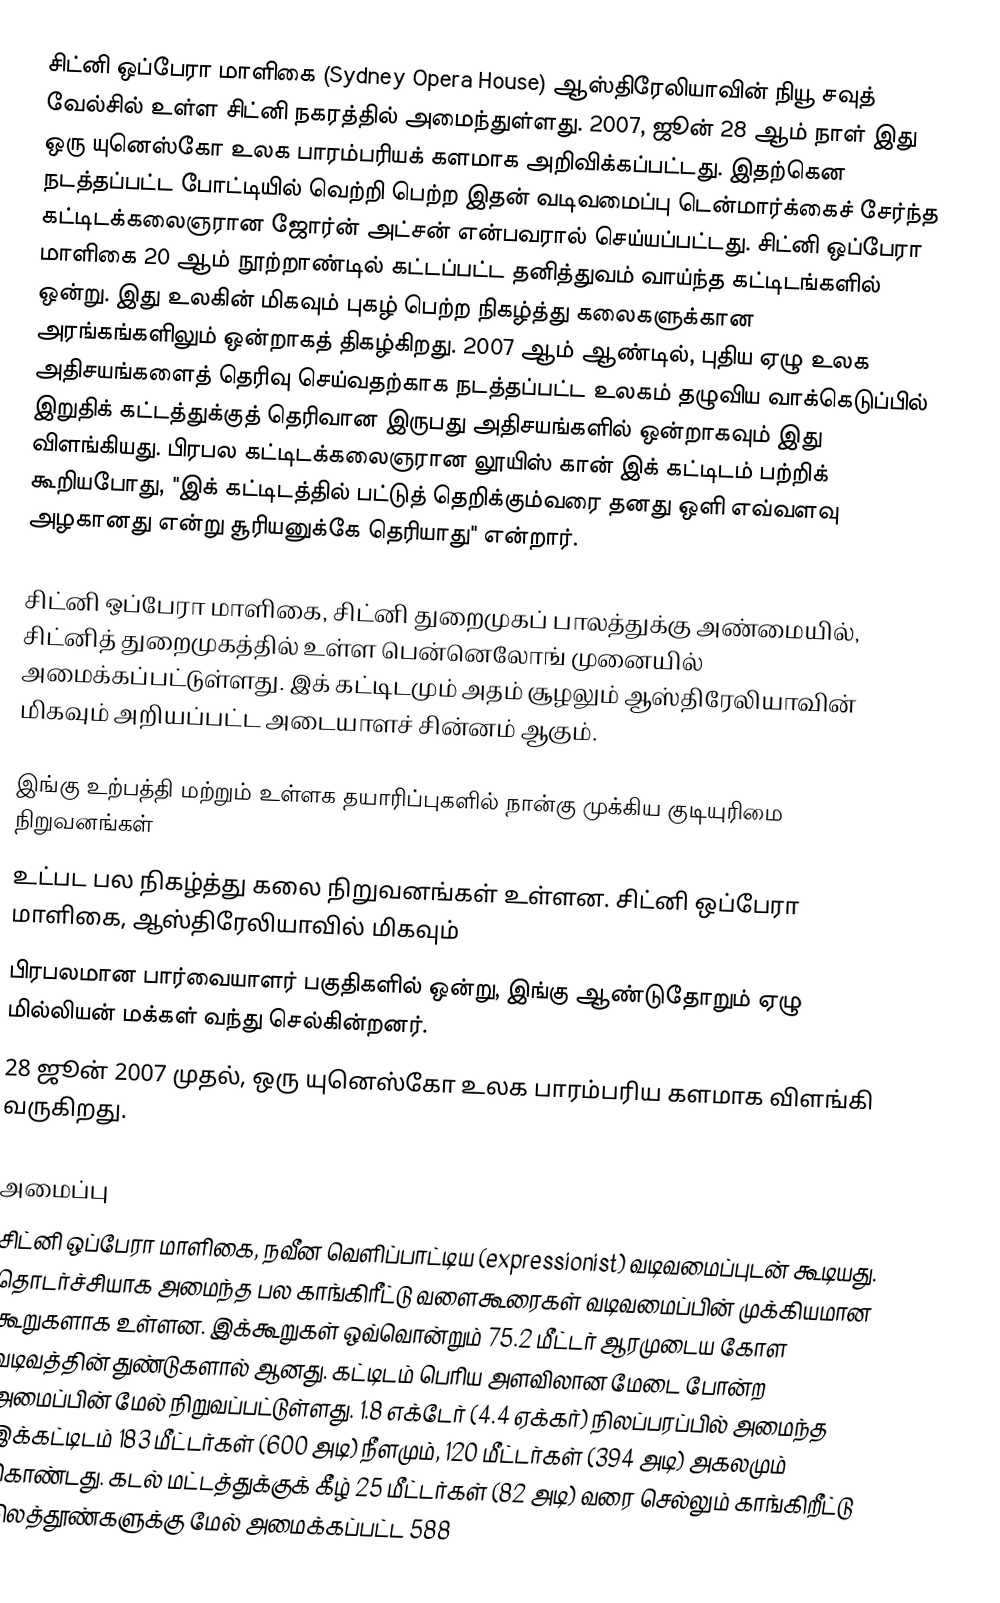
சிட்னி ஒப்பேரா மாளிகை (Sydney Opera House) ஆஸ்திரேலியாவின் நியூ சவுத் வேல்சில் உள்ள சிட்னி நகரத்தில் அமைந்துள்ளது. 2007, ஜூன் 28  ஆம் நாள் இது ஒரு யுனெஸ்கோ உலக பாரம்பரியக் களமாக அறிவிக்கப்பட்டது. இதற்கென நடத்தப்பட்ட போட்டியில் வெற்றி பெற்ற இதன் வடிவமைப்பு டென்மார்க்கைச் சேர்ந்த கட்டிடக்கலைஞரான ஜோர்ன் அட்சன் என்பவரால் செய்யப்பட்டது. சிட்னி ஒப்பேரா மாளிகை 20 ஆம் நூற்றாண்டில் கட்டப்பட்ட தனித்துவம் வாய்ந்த கட்டிடங்களில் ஒன்று. இது உலகின் மிகவும் புகழ் பெற்ற நிகழ்த்து கலைகளுக்கான அரங்கங்களிலும் ஒன்றாகத் திகழ்கிறது. 2007 ஆம் ஆண்டில், புதிய ஏழு உலக அதிசயங்களைத் தெரிவு செய்வதற்காக நடத்தப்பட்ட உலகம் தழுவிய வாக்கெடுப்பில் இறுதிக் கட்டத்துக்குத் தெரிவான இருபது அதிசயங்களில் ஒன்றாகவும் இது விளங்கியது. பிரபல கட்டிடக்கலைஞரான லூயிஸ் கான் இக் கட்டிடம் பற்றிக் கூறியபோது, "இக் கட்டிடத்தில் பட்டுத் தெறிக்கும்வரை தனது ஒளி எவ்வளவு அழகானது என்று சூரியனுக்கே தெரியாது" என்றார்.

சிட்னி ஒப்பேரா மாளிகை, சிட்னி துறைமுகப் பாலத்துக்கு அண்மையில், சிட்னித் துறைமுகத்தில் உள்ள பென்னெலோங் முனையில் அமைக்கப்பட்டுள்ளது. இக் கட்டிடமும் அதம் சூழலும் ஆஸ்திரேலியாவின் மிகவும் அறியப்பட்ட அடையாளச் சின்னம் ஆகும்.

இங்கு உற்பத்தி மற்றும் உள்ளக தயாரிப்புகளில் நான்கு முக்கிய குடியுரிமை நிறுவனங்கள்
உட்பட பல நிகழ்த்து கலை நிறுவனங்கள் உள்ளன. சிட்னி ஒப்பேரா மாளிகை, ஆஸ்திரேலியாவில் மிகவும்
பிரபலமான பார்வையாளர் பகுதிகளில் ஒன்று, இங்கு ஆண்டுதோறும் ஏழு மில்லியன் மக்கள் வந்து செல்கின்றனர்.
28 ஜூன் 2007 முதல், ஒரு யுனெஸ்கோ உலக பாரம்பரிய களமாக விளங்கி வருகிறது.

அமைப்பு
சிட்னி ஒப்பேரா மாளிகை, நவீன வெளிப்பாட்டிய (expressionist) வடிவமைப்புடன் கூடியது. தொடர்ச்சியாக அமைந்த பல காங்கிரீட்டு வளைகூரைகள் வடிவமைப்பின் முக்கியமான கூறுகளாக உள்ளன. இக்கூறுகள் ஒவ்வொன்றும் 75.2 மீட்டர் ஆரமுடைய கோள வடிவத்தின் துண்டுகளால் ஆனது. கட்டிடம் பெரிய அளவிலான மேடை போன்ற அமைப்பின் மேல் நிறுவப்பட்டுள்ளது. 1.8 எக்டேர் (4.4 ஏக்கர்) நிலப்பரப்பில் அமைந்த இக்கட்டிடம் 183 மீட்டர்கள் (600 அடி) நீளமும், 120 மீட்டர்கள் (394 அடி) அகலமும் கொண்டது. கடல் மட்டத்துக்குக் கீழ் 25 மீட்டர்கள் (82 அடி) வரை செல்லும் காங்கிறீட்டு நிலத்தூண்களுக்கு மேல் அமைக்கப்பட்ட 588